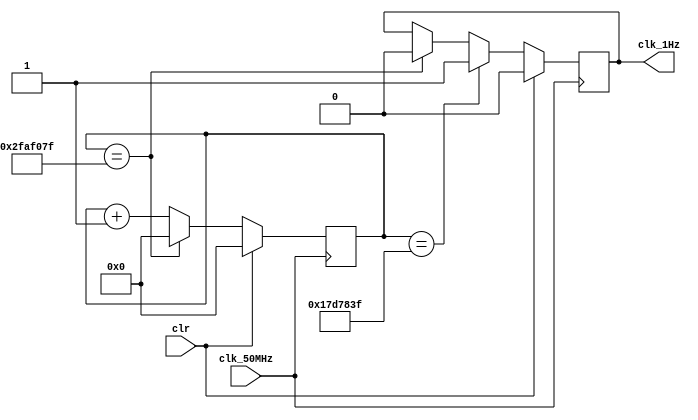
module freq_div ( clk_50MHz, clr, clk_1Hz ); 
output  clk_1Hz;
input    clk_50MHz, clr; 
reg               clk_1Hz;
reg    [25:0]  count;
parameter  count_width = 49_999_999,
                    half_width = 24_999_999;
always @ ( posedge clk_50MHz ) begin
      if ( clr ) begin
           count   <= 26'h000_0000;
      end
      else if ( count == count_width ) begin 
           count   <= 26'h000_0000;
      end
      else begin
           count   <= count + 26'h000_0001;
      end
end
always @ ( posedge clk_50MHz ) begin
      if ( clr ) begin
           clk_1Hz  <= 1'b0;
      end
      else if ( count == half_width ) begin 
           clk_1Hz   <= 1'b1;
      end
      else if ( count == count_width ) begin
           clk_1Hz   <= 1'b0;
      end
end
endmodule